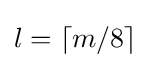
l=\left\lceil m/8\right\rceil